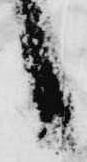
候